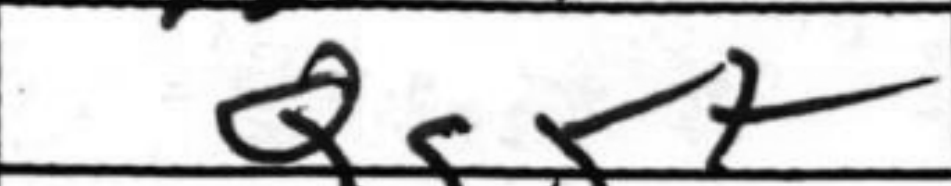
Transcription: Qg5+